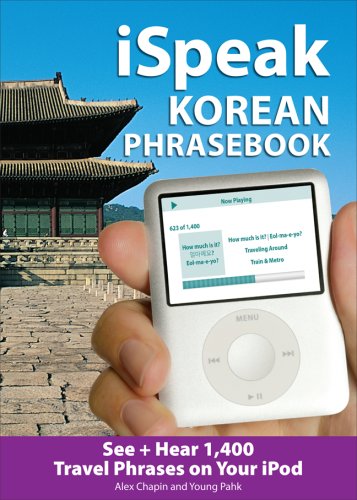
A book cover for iSpeak Korean Phrasebook (MP3 Disc): See + Hear 1,200 Travel Phrases on Your iPod (iSpeak Audio Series); Alex Chapin; Travel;